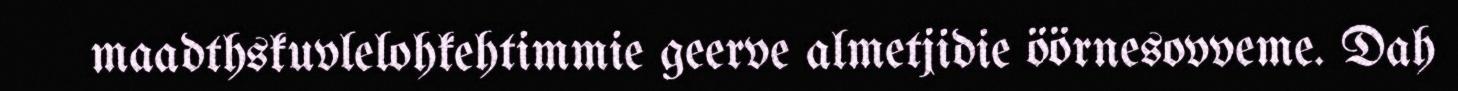
maadthskuvlelohkehtimmie geerve almetjidie öörnesovveme. Dah